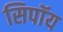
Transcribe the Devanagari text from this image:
सिपॉय